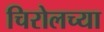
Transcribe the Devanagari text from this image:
चिरोलच्या